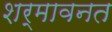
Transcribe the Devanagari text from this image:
शर्मावनत